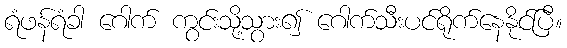
ရံဖန်ရံခါ ဂေါက် ကွင်းသို့သွား၍ ဂေါက်သီးပင်ရိုက်နေနိုင်ပြီ။